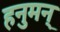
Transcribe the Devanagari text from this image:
हनुमन्